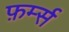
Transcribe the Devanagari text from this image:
फ़र्म्स